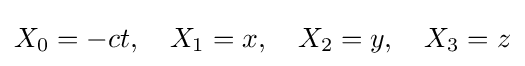
X_{0}=-ct,\quad X_{1}=x,\quad X_{2}=y,\quad X_{3}=z